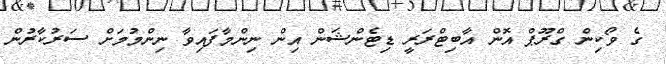
ގެ ވޯކިން ގްރޫޕް އޮން އާބިޓްރަރީ ޑިޓެންޝަން އިން ނިންމާފައިވާ ނިންމުމަށް ސަރުކާރުން